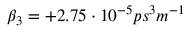
\beta _ { 3 } = + 2 . 7 5 \cdot 1 0 ^ { - 5 } p s ^ { 3 } m ^ { - 1 }